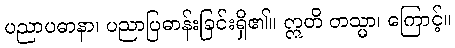
ပညာပဓာနာ၊ ပညာပြဓာန်းခြင်းရှိ၏။ ဣတိ တသ္မာ၊ ကြောင့်။